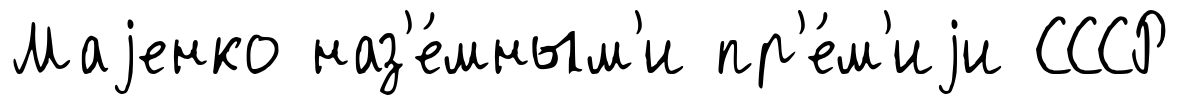
Маjенко наз'е́мным'и пр'е́м'иjи СССР